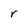
Character: r